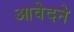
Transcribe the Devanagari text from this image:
आवेदने